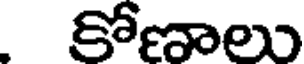
కోణాలు